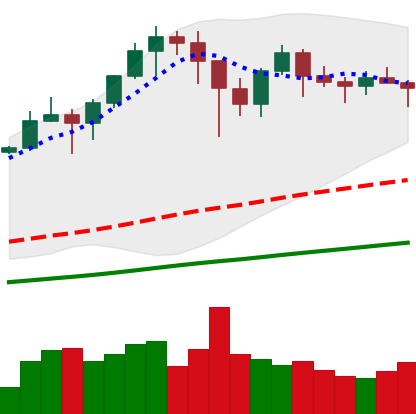
Ticker: BTC-USD
Chart end date: 2021-01-20
Forward return: -8.95%
Label: down_7plus